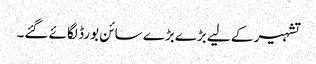
تشہیر کے لیے بڑےبڑے سائن بورڈ لگائے گئے۔